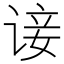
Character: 𫍭